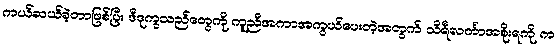
ကယ်ဆယ်ခဲ့တာဖြစ်ပြီး ဒီဒုက္ခသည်တွေကို ကူညီအကာအကွယ်ပေးတဲ့အတွက် သိရီလင်္ကာအစိုးရကို က